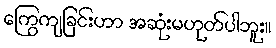
ကြွေကျခြင်းဟာ အဆုံးမဟုတ်ပါဘူး။